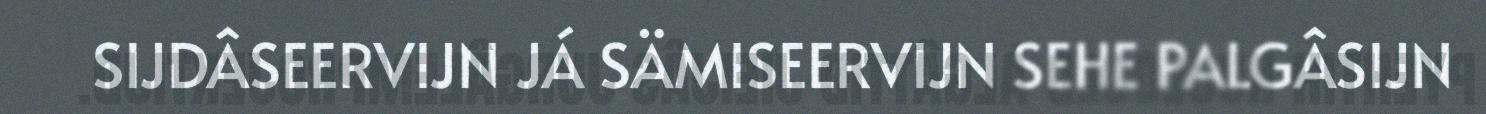
SIJDÂSEERVIJN JÁ SÄMISEERVIJN SEHE PALGÂSIJN